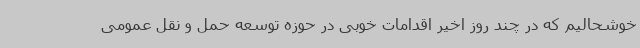
خوشحالیم که در چند روز اخیر اقدامات خوبی در حوزه توسعه حمل و نقل عمومی